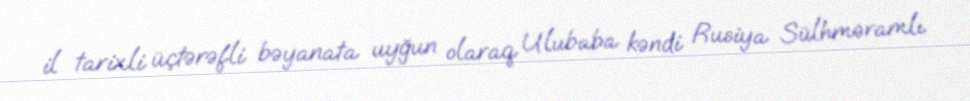
il tarixli üçtərəfli bəyanata uyğun olaraq Ulubaba kəndi Rusiya Sülhməramlı